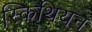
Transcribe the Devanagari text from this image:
स्किथियन